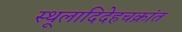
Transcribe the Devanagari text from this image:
स्थूलादिदेहचक्रांत